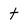
Character: t